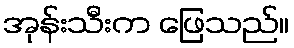
အုန်းသီးက ဖြေသည်။